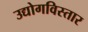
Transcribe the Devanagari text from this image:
उद्योगविस्तार